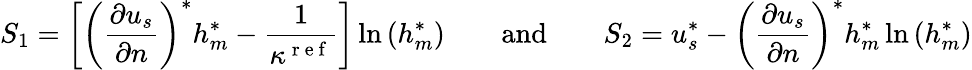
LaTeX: S_{1}=\left[\left(\frac{\partial{u_{s}}}{\partial{n}}\right)^{*}h_{m}^{*}-\frac{1}{\kappa^{\mathrm{~r~e~f~}}}\right]\ln{(h_{m}^{*})}\qquad\textrm{and}\qquad S_{2}=u_{s}^{*}-\left(\frac{\partial{u_{s}}}{\partial{n}}\right)^{*}h_{m}^{*}\ln{(h_{m}^{*})}